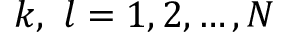
k , \ l = 1 , 2 , \ldots , N